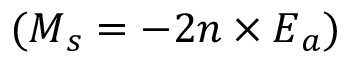
( \boldsymbol { M } _ { s } = - 2 \boldsymbol { n } \times \boldsymbol { E } _ { a } )